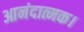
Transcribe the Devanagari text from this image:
आनंदात्मक।